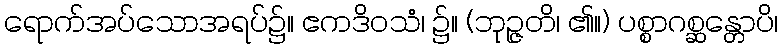
ရောက်အပ်သောအရပ်၌။ ဧကဒိဝသံ၊ ၌။ (ဘုဉ္ဇတိ၊ ၏။) ပစ္စာဂစ္ဆန္တောပိ၊